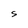
Character: S